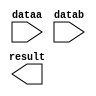
// megafunction wizard: %LPM_MULT%VBB%
// GENERATION: STANDARD
// VERSION: WM1.0
// MODULE: lpm_mult 

// ============================================================
// Megafunction Name(s):
// 			lpm_mult
//
// Simulation Library Files(s):
// 			lpm
// ============================================================
// ************************************************************
// THIS IS A WIZARD-GENERATED FILE. DO NOT EDIT THIS FILE!
//
// 9.1 Build 304 01/25/2010 SP 1 SJ Web Edition
// ************************************************************

//Copyright (C) 1991-2010 Altera Corporation
//Your use of Altera Corporation's design tools, logic functions 
//and other software and tools, and its AMPP partner logic 
//functions, and any output files from any of the foregoing 
//(including device programming or simulation files), and any 
//associated documentation or information are expressly subject 
//to the terms and conditions of the Altera Program License 
//Subscription Agreement, Altera MegaCore Function License 
//Agreement, or other applicable license agreement, including, 
//without limitation, that your use is for the sole purpose of 
//programming logic devices manufactured by Altera and sold by 
//Altera or its authorized distributors.  Please refer to the 
//applicable agreement for further details.

module mult1 (
	dataa,
	datab,
	result);

	input	[7:0]  dataa;
	input	[7:0]  datab;
	output	[15:0]  result;

endmodule

// ============================================================
// CNX file retrieval info
// ============================================================
// Retrieval info: PRIVATE: AutoSizeResult NUMERIC "1"
// Retrieval info: PRIVATE: B_isConstant NUMERIC "0"
// Retrieval info: PRIVATE: ConstantB NUMERIC "0"
// Retrieval info: PRIVATE: INTENDED_DEVICE_FAMILY STRING "Cyclone"
// Retrieval info: PRIVATE: LPM_PIPELINE NUMERIC "0"
// Retrieval info: PRIVATE: Latency NUMERIC "0"
// Retrieval info: PRIVATE: SYNTH_WRAPPER_GEN_POSTFIX STRING "0"
// Retrieval info: PRIVATE: SignedMult NUMERIC "0"
// Retrieval info: PRIVATE: USE_MULT NUMERIC "1"
// Retrieval info: PRIVATE: ValidConstant NUMERIC "0"
// Retrieval info: PRIVATE: WidthA NUMERIC "8"
// Retrieval info: PRIVATE: WidthB NUMERIC "8"
// Retrieval info: PRIVATE: WidthP NUMERIC "16"
// Retrieval info: PRIVATE: aclr NUMERIC "0"
// Retrieval info: PRIVATE: clken NUMERIC "0"
// Retrieval info: PRIVATE: optimize NUMERIC "0"
// Retrieval info: CONSTANT: LPM_HINT STRING "MAXIMIZE_SPEED=5"
// Retrieval info: CONSTANT: LPM_REPRESENTATION STRING "UNSIGNED"
// Retrieval info: CONSTANT: LPM_TYPE STRING "LPM_MULT"
// Retrieval info: CONSTANT: LPM_WIDTHA NUMERIC "8"
// Retrieval info: CONSTANT: LPM_WIDTHB NUMERIC "8"
// Retrieval info: CONSTANT: LPM_WIDTHP NUMERIC "16"
// Retrieval info: USED_PORT: dataa 0 0 8 0 INPUT NODEFVAL dataa[7..0]
// Retrieval info: USED_PORT: datab 0 0 8 0 INPUT NODEFVAL datab[7..0]
// Retrieval info: USED_PORT: result 0 0 16 0 OUTPUT NODEFVAL result[15..0]
// Retrieval info: CONNECT: @dataa 0 0 8 0 dataa 0 0 8 0
// Retrieval info: CONNECT: result 0 0 16 0 @result 0 0 16 0
// Retrieval info: CONNECT: @datab 0 0 8 0 datab 0 0 8 0
// Retrieval info: LIBRARY: lpm lpm.lpm_components.all
// Retrieval info: GEN_FILE: TYPE_NORMAL mult1.v TRUE
// Retrieval info: GEN_FILE: TYPE_NORMAL mult1.inc FALSE
// Retrieval info: GEN_FILE: TYPE_NORMAL mult1.cmp FALSE
// Retrieval info: GEN_FILE: TYPE_NORMAL mult1.bsf TRUE FALSE
// Retrieval info: GEN_FILE: TYPE_NORMAL mult1_inst.v FALSE
// Retrieval info: GEN_FILE: TYPE_NORMAL mult1_bb.v TRUE
// Retrieval info: GEN_FILE: TYPE_NORMAL mult1_waveforms.html TRUE
// Retrieval info: GEN_FILE: TYPE_NORMAL mult1_wave*.jpg FALSE
// Retrieval info: LIB_FILE: lpm